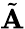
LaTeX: \tilde{\mathbf A}